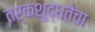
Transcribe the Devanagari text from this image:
तर्कशुद्धतेचा